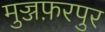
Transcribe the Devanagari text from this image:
मुज्जफ़रपुर